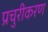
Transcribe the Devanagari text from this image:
प्रचुरीकरण